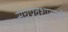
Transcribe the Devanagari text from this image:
संघप्रवेशासाठी